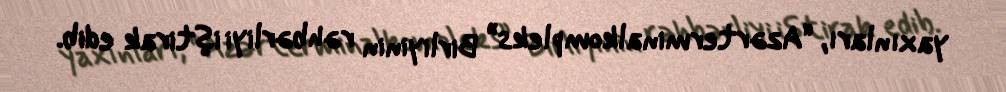
yaxınları, “Azərterminalkompleks” Birliyinin rəhbərliyi iştirak edib.